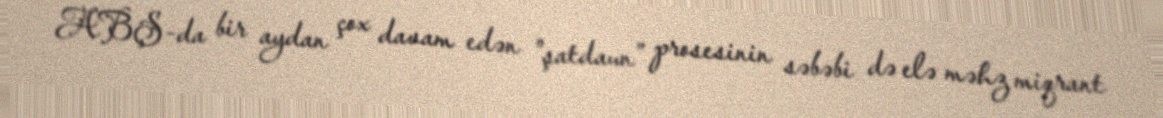
ABŞ-da bir aydan çox davam edən "şatdaun” prosesinin səbəbi də elə məhz miqrant